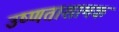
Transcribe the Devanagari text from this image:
उष्णताशामक